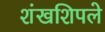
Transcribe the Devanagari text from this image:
शंखशिपले